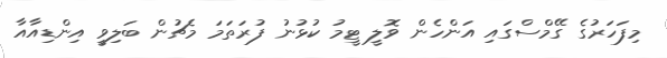
މިފަހަރުގެ ގޭމްސްގައި އަންހެން ވޮލީ ޓީމު ކުޅުނު ފުރަތަމަ މެޗުން ބަލިވީ އިންޑިއާއާ